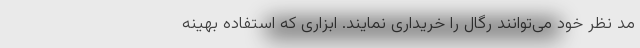
مد نظر خود می‌توانند رگال را خریداری نمایند. ابزاری که استفاده بهینه